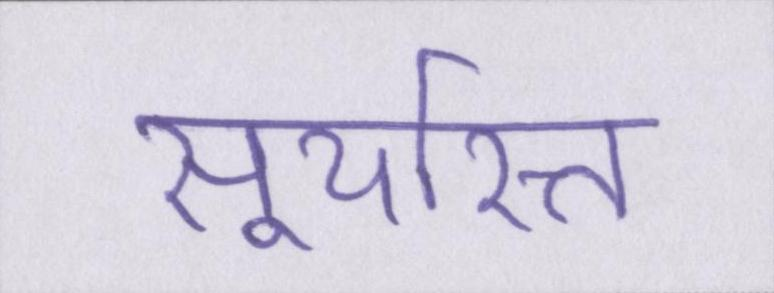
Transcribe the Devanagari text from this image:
सूर्यास्त